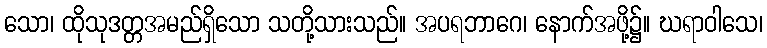
သော၊ ထိုသုဒတ္တအမည်ရှိသော သတို့သားသည်။ အပရဘာဂေ၊ နောက်အဖို့၌။ ဃရာဝါသေ၊